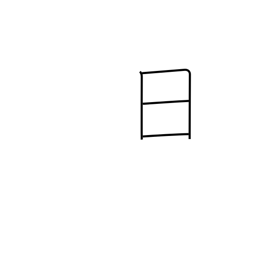
Meaning: day